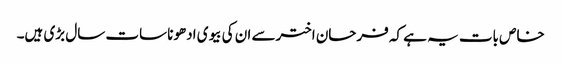
خاص بات یہ ہے کہ فرحان اخترسے ان کی بیوی ادھونا سات سال بڑی ہیں۔